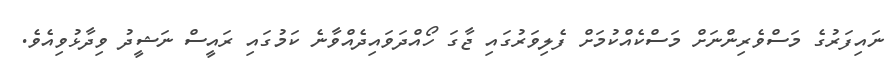
ނައިފަރުގެ މަސްވެރިންނަށް މަސްކެއްކުމަށް ފެލިވަރުގައި ޖާގަ ހޯއްދަވައިދެއްވާނެ ކަމުގައި ރައީސް ނަޝީދު ވިދާޅުވިއެވެ.